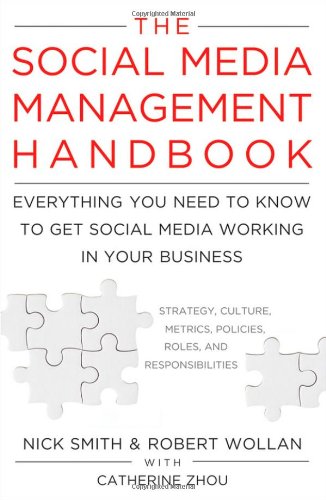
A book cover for The Social Media Management Handbook: Everything You Need To Know To Get Social Media Working In Your Business; Robert Wollan; Computers & Technology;